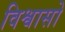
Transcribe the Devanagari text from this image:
विश्वासो